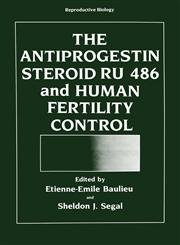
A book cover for The Antiprogestin Steroid RU 486 and Human Fertility Control (Reproductive Biology); Medical Books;